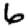
Digit: 6